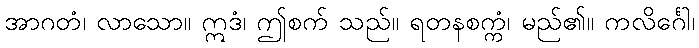
အာဂတံ၊ လာသော။ ဣဒံ၊ ဤစက် သည်။ ရတနစက္ကံ၊ မည်၏။ ကလိင်္ဂေါ၊